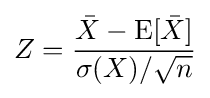
Z={\frac {{\bar {X}}-\operatorname {E} [{\bar {X}}]}{\sigma (X)/{\sqrt {n}}}}